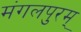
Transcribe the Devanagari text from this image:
मंगलपुरम्